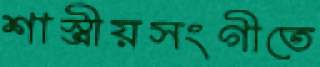
শাস্ত্রীয়সংগীতে